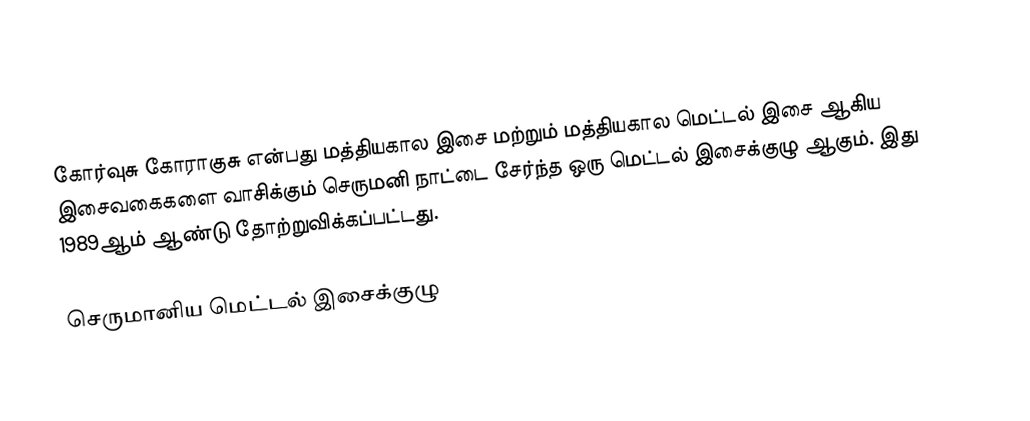
கோர்வுசு கோராகுசு என்பது மத்தியகால இசை மற்றும் மத்தியகால மெட்டல் இசை ஆகிய இசைவகைகளை வாசிக்கும் செருமனி நாட்டை சேர்ந்த ஒரு மெட்டல் இசைக்குழு ஆகும். இது 1989ஆம் ஆண்டு தோற்றுவிக்கப்பட்டது.

செருமானிய மெட்டல் இசைக்குழு